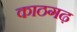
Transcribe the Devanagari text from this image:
काठगढ़